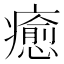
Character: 癒